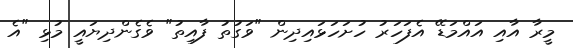
މީރާ އާއި އައްމަޑޭ އެފަހަރު ހުށަހަޅައިދިން "ވަގުތު ފާއިތު" ވެގެންދިޔައީ މުޅި "އެ